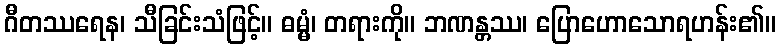
ဂီတဿရေန၊ သီခြင်းသံဖြင့်။ ဓမ္မံ၊ တရားကို။ ဘဏန္တဿ၊ ပြောဟောသောရဟန်း၏။